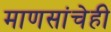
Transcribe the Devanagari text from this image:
माणसांचेही